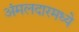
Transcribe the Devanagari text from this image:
अंमलदारमध्ये